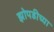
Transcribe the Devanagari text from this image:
झोपडीच्या